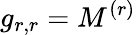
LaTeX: g_{r,r}=M^{(r)}